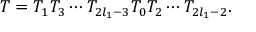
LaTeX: T = T _ { 1 } T _ { 3 } \cdots T _ { 2 l _ { 1 } - 3 } T _ { 0 } T _ { 2 } \cdots T _ { 2 l _ { 1 } - 2 } .